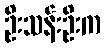
ဦးသန်းဦးက